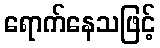
ရောက်နေသဖြင့်